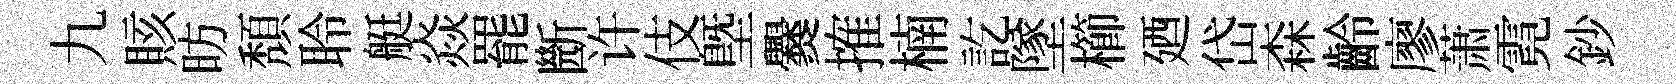
九賅昉頽聆艇焱罷㫁许伎塈爨搉楠訖墜櫛廼岱森齡廖萧霓鈔